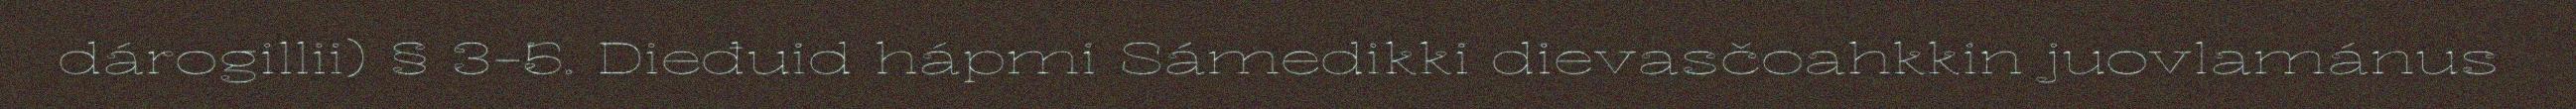
dárogillii) § 3-5. Dieđuid hápmi Sámedikki dievasčoahkkin juovlamánus